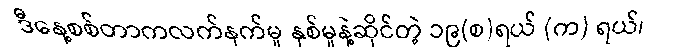
ဒီနေ့စစ်တာကလက်နက်မှု နှစ်မှုနဲ့ဆိုင်တဲ့ ၁၉(စ)ရယ် (က) ရယ်၊